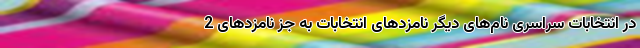
در انتخابات سراسری نام‌های دیگر نامزدهای انتخابات به جز نامزدهای 2